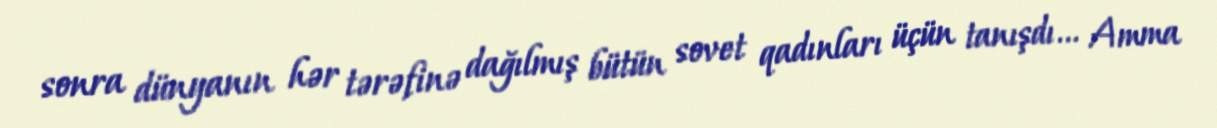
sonra dünyanın hər tərəfinə dağılmış bütün sovet qadınları üçün tanışdı... Amma